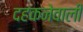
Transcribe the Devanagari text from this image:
दहकनेवाली